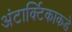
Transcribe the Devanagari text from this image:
अंटार्क्टिकाकडे